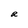
Character: R